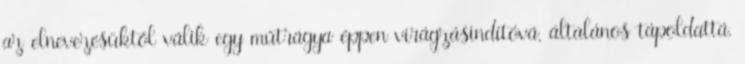
az elnevezésüktől válik egy műtrágya éppen virágzásindítóvá, általános tápoldattá,